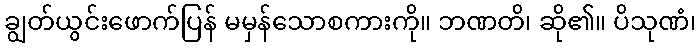
ချွတ်ယွင်းဖောက်ပြန် မမှန်သောစကားကို။ ဘဏတိ၊ ဆို၏။ ပိသုဏံ၊